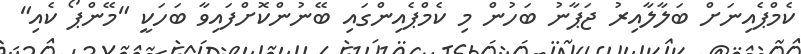
ކެމްޕެއިނަށް ބަލާލާއިރު ޖަޕާނު ބަހުން މި ކެމްޕެއިންގައި ބޭނުންކޮށްފައިވާ ބަހަކީ "މޭންޕޯ ކެއި"